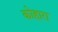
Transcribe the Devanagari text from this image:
कोहारा